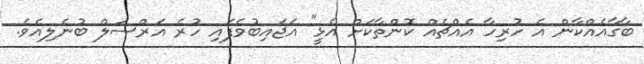
ބާގާއެއްކާން އެ ހުރިހާ އެއްޗެއް ކޮންތާކަށް އެޅީ" އަޖައިބުވެފައި ހުރެ އަރްސަލް ބުނެލިއެވެ.